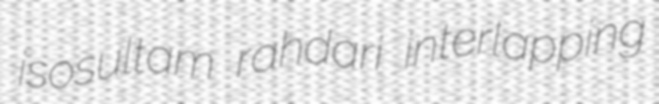
isosultam rahdari interlapping